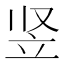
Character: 竖